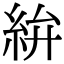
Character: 𥿋